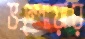
ভম্পোয়ার